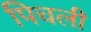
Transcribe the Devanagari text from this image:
पिचली